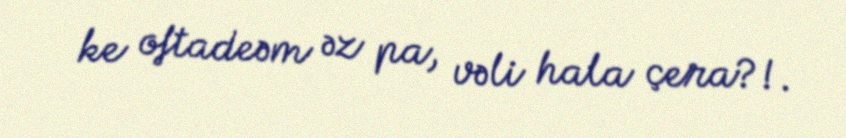
ke oftadeəm əz pa, vəli hala çera?!.